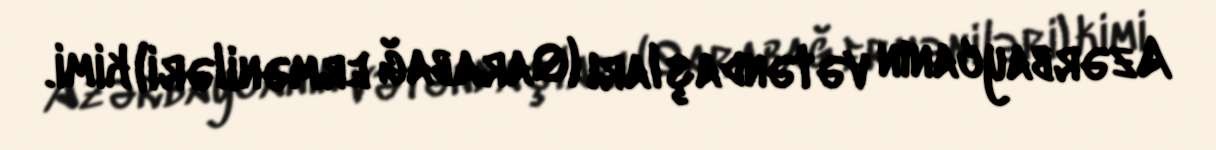
Azərbaycanın vətəndaşları (Qarabağ erməniləri) kimi.